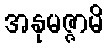
အနုမဇ္ဇာမိ